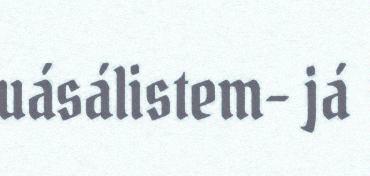
uásálistem- já